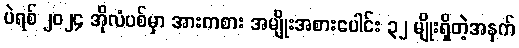
ပဲရစ် ၂၀၂၄ အိုလံပစ်မှာ အားကစား အမျိုးအစားပေါင်း ၃၂ မျိုးရှိတဲ့အနက်